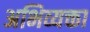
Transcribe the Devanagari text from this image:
अभिव्यक्ता